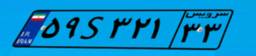
۵۹S۳۲۱۳۳